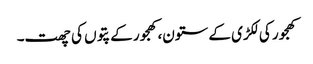
کھجور کی لکڑی کے ستون،کھجور کے پتوں کی چھت۔